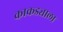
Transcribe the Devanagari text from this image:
काकड्याला